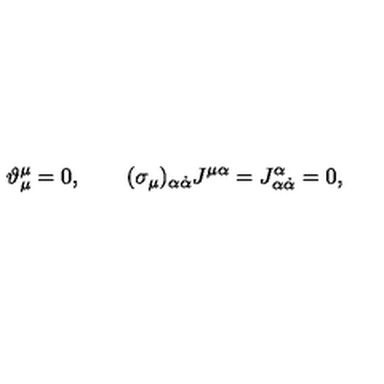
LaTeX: \vartheta _ { \mu } ^ { \mu } = 0 , \qquad ( \sigma _ { \mu } ) _ { \alpha \dot { \alpha } } J ^ { \mu \alpha } = J _ { \alpha \dot { \alpha } } ^ { \alpha } = 0 ,